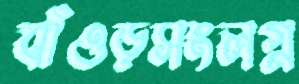
বাঁওড়সংলগ্ন